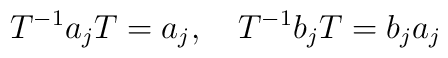
T^{-1}a_j T=a_j, \quad T^{-1}b_j T=b_j a_j